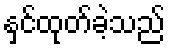
နှင်ထုတ်ခဲ့သည်